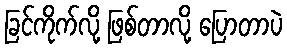
ခြင်ကိုက်လို့ ဖြစ်တာလို့ ပြောတာပဲ